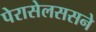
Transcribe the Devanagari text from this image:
पेरासेलससने